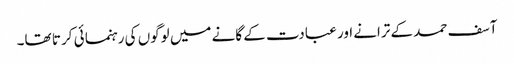
آسف حمد کے ترانے اور عبادت کے گانے میں لوگوں کی رہنما ئی کر تا تھا۔